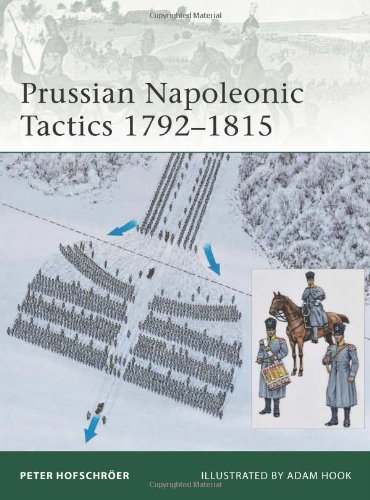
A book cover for Prussian Napoleonic Tactics 1792-1815 (Elite); Peter Hofschroer; History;